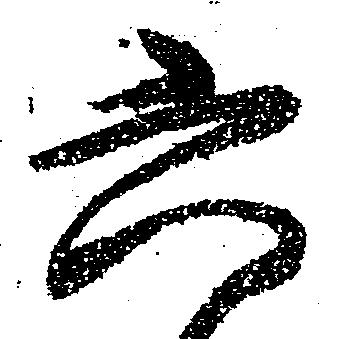
六